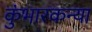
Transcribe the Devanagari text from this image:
कुंभारकन्या